Scottish Certificate of Education, 1962
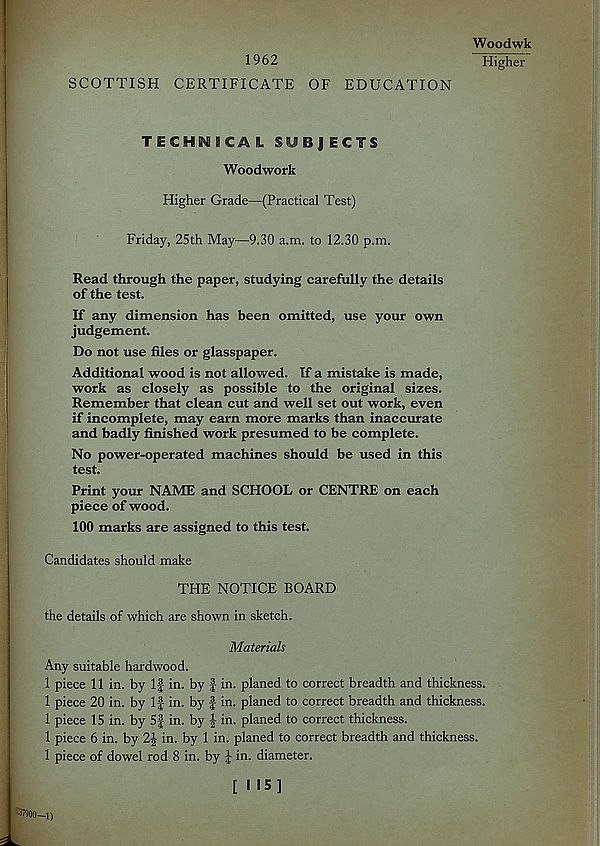
1962
SCOTTISH CERTIFICATE OF EDUCATION
Woodwk
Higher
TECHNICAL SUBJECTS
Woodwork
Higher Grade—(Practical Test)
Friday, 25th May—9.30 a.m. to 12.30 p.m.
Read through the paper, studying carefully the details
of the test.
If any dimension has been omitted, use your own
judgement.
Do not use files or glasspaper.
Additional wood is not allowed. If a mistake is made,
work as closely as possible to the original sizes.
Remember that clean cut and well set out work, even
if incomplete, may earn more marks than inaccurate
and badly finished work presumed to be complete.
No power-operated machines should be used in this
test.
Print your NAME and SCHOOL or CENTRE on each
piece of wood.
100 marks are assigned to this test.
Candidates should make
THE NOTICE BOARD
the details of which are shown in sketch.
Materials
Any suitable hardwood.
1 piece 11 in. by If in. by f in. planed to correct breadth and thickness.
1 piece 20 in. by If in. by f- in. planed to correct breadth and thickness.
1 piece 15 in. by 5f in. by \ in. planed to correct thickness.
1 piece 6 in. by 2| in. by 1 in. planed to correct breadth and thickness.
1 piece of dowel rod 8 in. by f in. diameter.
!C37900—i)
[115]